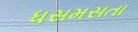
ધસમસતા